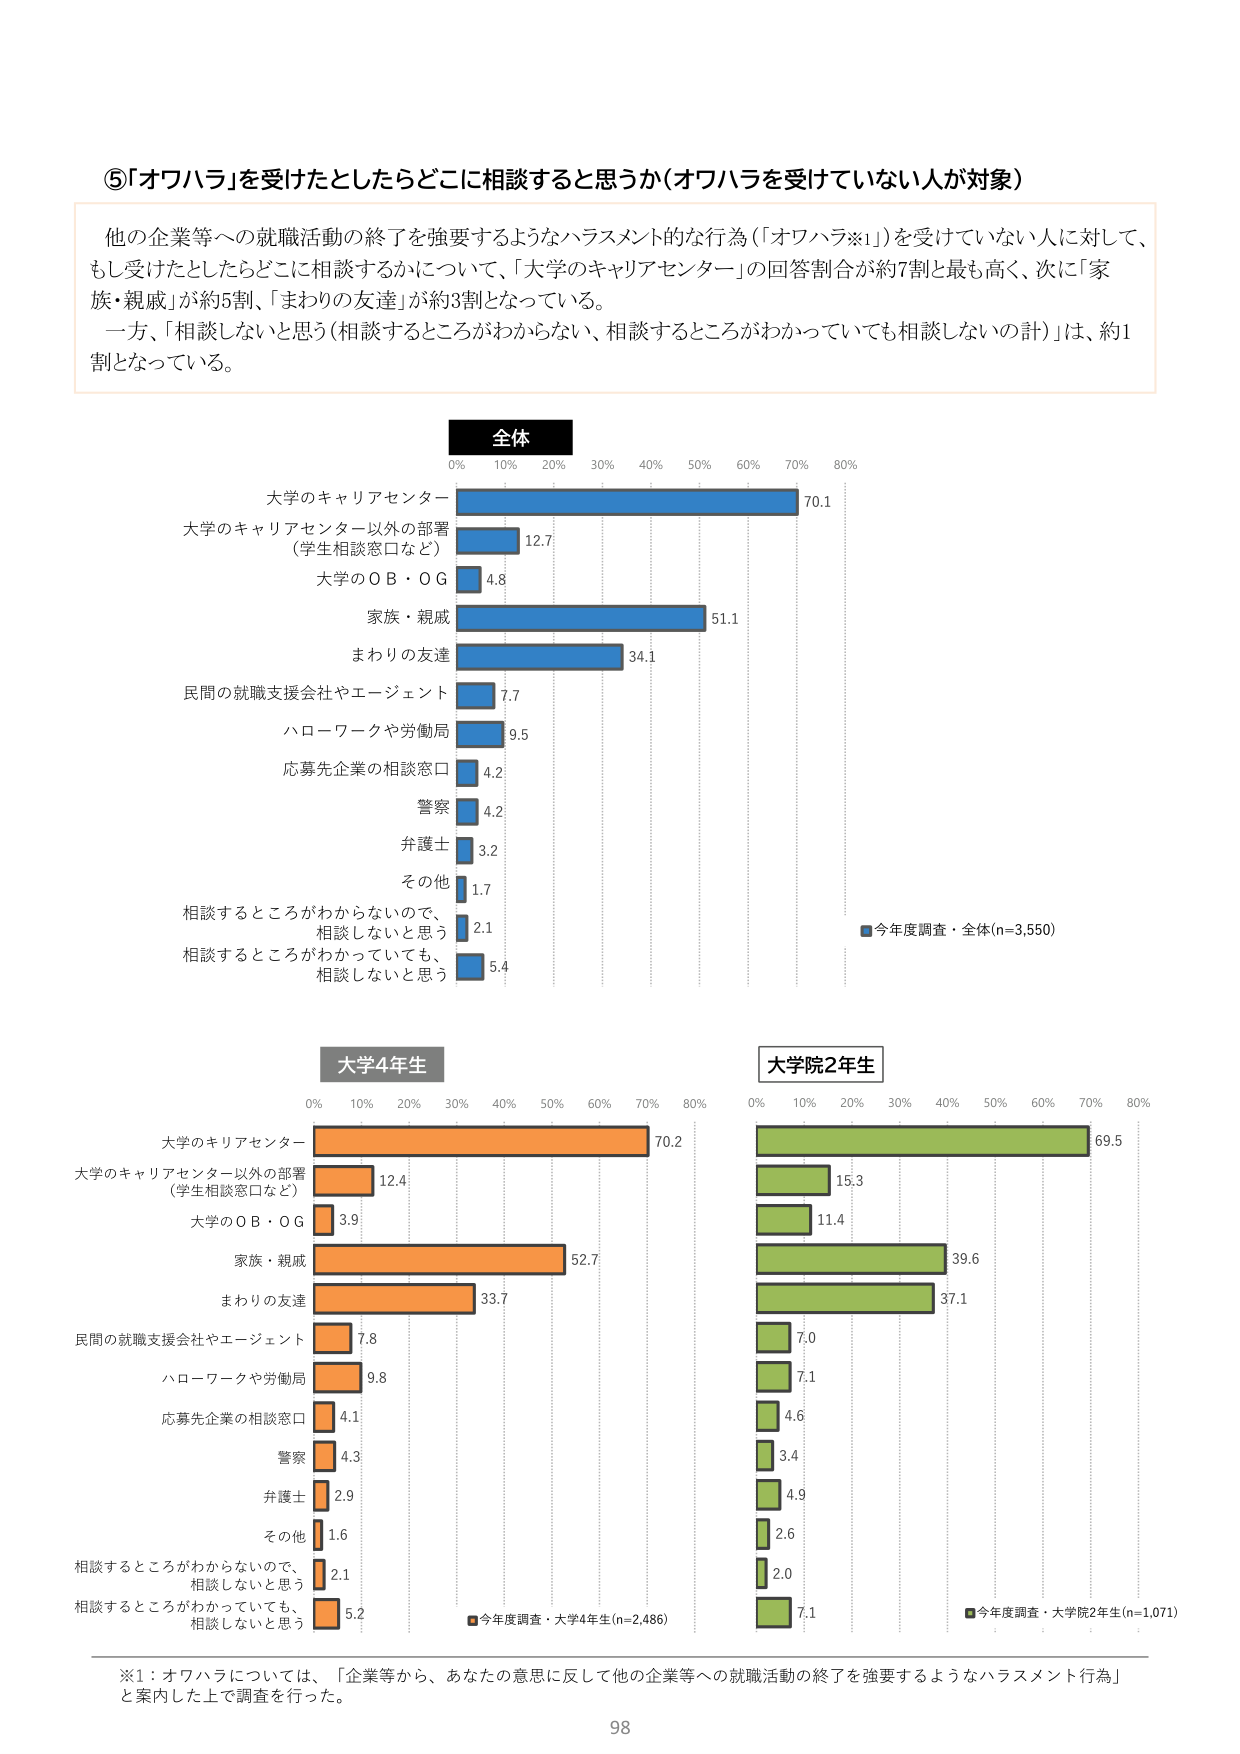
⑤「オワハラ」を受けたとしたらどこに相談すると思うか（オワハラを受けていない人が対象）

他の企業等への就職活動の終了を強要するようなハラスメント的な行為（「オワハラ※1」）を受けていない人に対して、
もし受けたとしたらどこに相談するかについて、「大学のキャリアセンター」の回答割合が約7割と最も高く、次に「家族・親戚」が約5割、「まわりの友達」が約3割となっている。
一方、「相談しないと思う（相談するところがわからない、相談するところがわかっていても相談しないの計）」は、約1割となっている。

全体
0% 10% 20% 30% 40% 50% 60% 70% 80%
大学のキャリアセンター 70.1
大学のキャリアセンター以外の部署
（学生相談窓口など） 12.7
大学のＯＢ・ＯＧ 4.8
家族・親戚 51.1
まわりの友達 34.1
民間の就職支援会社やエージェント 7.7
ハローワークや労働局 9.5
応募先企業の相談窓口 4.2
警察 4.2
弁護士 3.2
その他 1.7
相談するところがわからないので、
相談しないと思う 2.1
相談するところがわかっていても、
相談しないと思う 5.4
■今年度調査・全体(n=3,550)

大学4年生
0% 10% 20% 30% 40% 50% 60% 70% 80%
大学のキャリアセンター 70.2
大学のキャリアセンター以外の部署
（学生相談窓口など） 12.4
大学のＯＢ・ＯＧ 3.9
家族・親戚 52.7
まわりの友達 33.7
民間の就職支援会社やエージェント 7.8
ハローワークや労働局 9.8
応募先企業の相談窓口 4.1
警察 4.3
弁護士 2.9
その他 1.6
相談するところがわからないので、
相談しないと思う 2.1
相談するところがわかっていても、
相談しないと思う 5.2
■今年度調査・大学4年生(n=2,486)

大学院2年生
0% 10% 20% 30% 40% 50% 60% 70% 80%
69.5
15.3
11.4
39.6
37.1
7.0
7.1
4.6
3.4
4.9
2.6
2.0
7.1
■今年度調査・大学院2年生(n=1,071)

※1：オワハラについては、「企業等から、あなたの意思に反して他の企業等への就職活動の終了を強要するようなハラスメント行為」と案内した上で調査を行った。

98